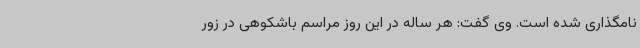
نامگذاری شده است. وی گفت: هر ساله در این روز مراسم باشکوهی در زور